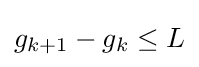
g_{k+1}-g_{k}\leq L